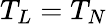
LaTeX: T_{L}=T_{N}